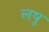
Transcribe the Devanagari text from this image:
लषु